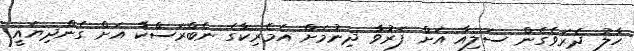
ހާލު ދެރަވެގެން ސަލިއާ އަށް ފަރުވާ ދިނުމަށް އެމެރިކާގެ ނެބްރަސްކާ އަށް ގެންދިޔައީ